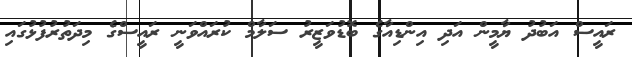
ރައީސް އަބުދު ޔާމީން އަދި އިންޑިއާގެ ބޮޑުވަޒީރު ސަލާމް ކުރައްވަނީ ރައީސްގެ މިދަތުރުފުޅުގައި